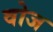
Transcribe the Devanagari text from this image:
वोज